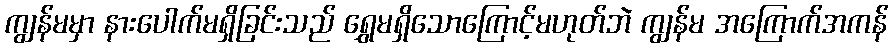
ကျွန်မမှာ နားပေါက်မရှိခြင်းသည် ရွှေမရှိသောကြောင့်မဟုတ်ဘဲ ကျွန်မ အကြောက်အကန်